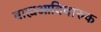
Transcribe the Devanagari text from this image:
बाह्यआदिदारुक